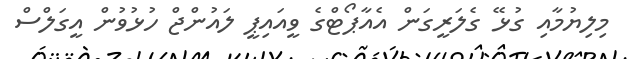
މިލިޔުމާއި ގުޅޭ ގެލަރީގަން އެއާޕޯޓްގެ ވީއައިޕީ ލައުންޖް ހުޅުވުން އީގަލްސް